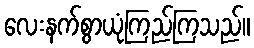
လေးနက်စွာယုံကြည်ကြသည်။